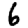
Digit: 6